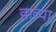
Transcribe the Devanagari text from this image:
डाव्‍या